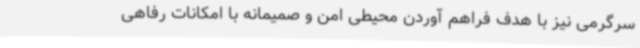
سرگرمی نیز با هدف فراهم آوردن محیطی امن و صمیمانه با امکانات رفاهی